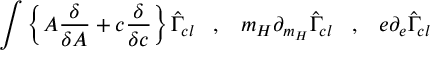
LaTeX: \int \left\{ A \frac { \delta } { \delta A } + c \frac { \delta } { \delta c } \right\} \hat { \Gamma } _ { c l } \; \; \; , \; \; \; m _ { H } \partial _ { m _ { H } } \hat { \Gamma } _ { c l } \; \; \; , \; \; \; e \partial _ { e } \hat { \Gamma } _ { c l }